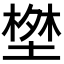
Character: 𭏝